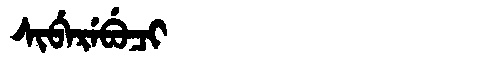
Manchu: ᠰᡳᠪᡝᡵᡝᠪᡠᠴᡳ
Romanization: SIBEREBUCI